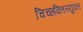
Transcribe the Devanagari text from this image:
चिच्छक्तितयुक्त